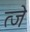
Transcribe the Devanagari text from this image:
त्जे